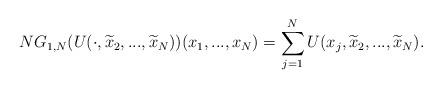
LaTeX: \begin{align*}NG_{1,N}(U(\cdot ,\widetilde{x}_{2},...,\widetilde{x}_{N}))(x_{1},...,x_{N})=\sum_{j=1}^{N}U(x_{j},\widetilde{x}_{2},...,\widetilde{x}_{N}). \end{align*}